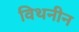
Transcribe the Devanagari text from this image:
विथनीन